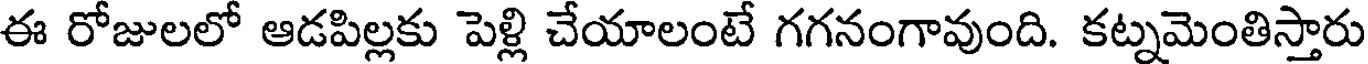
ఈ రోజులలో ఆడపిల్లకు పెళ్లి చేయాలంటే గగనంగావుంది. కట్నమెంతిస్తారు